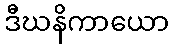
ဒီဃနိကာယော